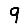
Digit: 9